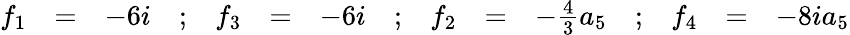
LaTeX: \begin{array}{rclcrclcrclcrcl}{{f_{1}}}&{{=}}&{{-6i}}&{{;}}&{{f_{3}}}&{{=}}&{{-6i}}&{{;}}&{{f_{2}}}&{{=}}&{{-\frac{4}{3}a_{5}}}&{{;}}&{{f_{4}}}&{{=}}&{{-8ia_{5}}}\end{array}